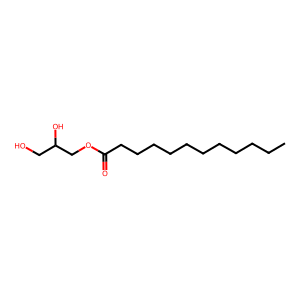
SMILES: CCCCCCCCCCCC(=O)OCC(O)CO
Inhibits HIV replication: No